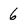
Character: 6